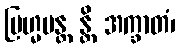
ဗြဟ္မမန္တ န္တိ အက္ခာတံ၊